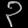
Digit: ၃